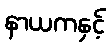
နာယကနှင့်